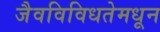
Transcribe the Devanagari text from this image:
जैवविविधतेमधून